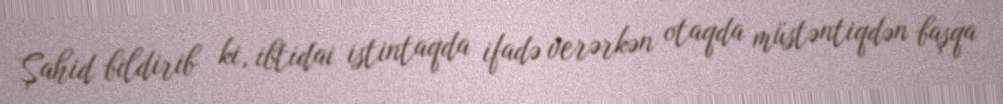
Şahid bildirib ki, ibtidai istintaqda ifadə verərkən otaqda müstəntiqdən başqa